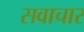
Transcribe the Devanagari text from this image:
सवाचार